Vital statistics of India. Vol. IV, Annual returns from 1871 to 1876. British Army of India, Native Army and jails of Bengal
Year: 1871
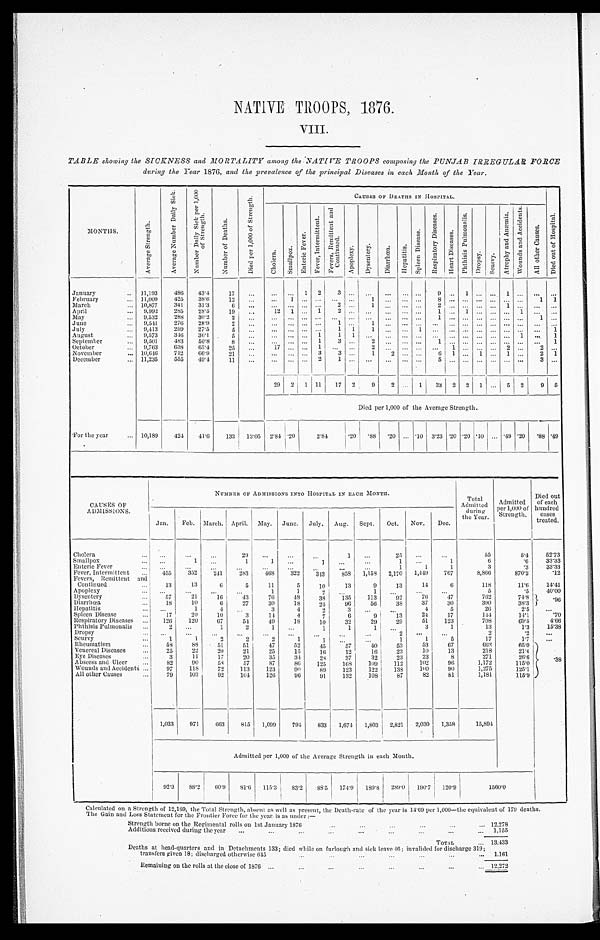
NATIVE TROOPS, 1876.
VIII.
TABLE showing the SICKNESS and MORTALITY among the NATIVE TROOPS composing the PUNJAB IRREGULAR FORCE
during the Year 1876, and the prevalence of the principal Diseases in each Month of the Year.
MONTHS.
A v e r a g e S t r e n g t h .
A v e r a g e N u m b e r D a i l y S i c k .
N u m b e r D a i l y S i c k p e r 1 , 0 0 0 o f S t r e n g t h .
N u m b e r o f D e a t h s .
D i e d p e r 1 , 0 0 0 o f S t r e n g t h .
C A U S E S O F D E A T H S I N H O S P I T A L .
D i e d o u t o f H o s p i t a l .
C h o l e r a .
S m a l l p o x .
E n t e r i c F e v e r .
F e v e r , I n t e r m i t t e n t . F e v e r s , R e m i t t e n t a n d C o n t i n u e d .
A p o p l e x y .
D y s e n t e r y .
D i a r r h œ a H e p a t i t i s .
S p l e e n D i s e a s e .
R e s p i r a t o r y D i s e a s e s .
H e a r t D i s e a s e s .
P h t h i s i s P u l m o n a l i s .
Dr o p s y . S c u r v y .
A t r o p h y a n d A n æ m i a . W o u n d s a n d A c c i d e n t s . A l l o t h e r C a u s e s .
January
11,193
4 8 6
4 3 . 4 17
1 2 3
9 1
1
February
11,009 425 38.6 12
1
1
8
1 1
March
10,877 341 31.3 6
2
1
2
1
April
9,992 285
2 8 . 5 19
12 1
1
2
1
1
1
May
9,532 288 30.2 2
1
1
June
9,541 276 28.9
2
1
1
July
9,413 259 27.5
5
1 1 1
1
1
August
9,573 346 36.1
5
1 1 1
1
1
September
9,501 483 50.8 8
1 3
2
1
1
October
9,763
6 3 8
6 5 . 4 25
17
1
2
1
2
2
November
10,646 712
6 6 . 9 21
3
3
1 2
6 1
1
1
2 1
December
11,235 555
4 9 . 4 11
2
1
5
3
29
2 1
11 17 2 9 2
1 33 2 2 1
5 2 9 5
Died per 1,000 of the Average Strength.
For the year
10,189 424
4 1 . 6 133 13.05 2.84.20
2 . 8 4
. 2 0 . 8 8 . 2 0
. 1 0 3. 23 .20 .20 .10 .49 .20 . 8 8 .49
CAUSES O
F ADMISSIONS.
NUMBER OF ADMISSIONS INTO HOSPITAL IN EACH MONTH.
Total
Admitted during
the Year.
Admitted
per 1,000 of
Strength.
Died out
of each
hundred cases
treated.
Jan. Feb. March. April. May. June. July. Aug. Sept. Oct. Nov. Dec.
Chol era
29
1
25
55
5.4 52. 73
Smallpox
1
1
1
1
1
1
6
.6 33. 33
Enteric Fever
1
1
1
3
.3 33. 33
Fever, Intermittent
455 352 241 283
4 6 8 322 343 858 1, 158 2,170 1,449 767
8,866
870.2
.12
Fevers, Remittent and
Continued
13 13
6 5 11
5 10 13
9 13 14
6
118
11.6 14. 41
Apoplexy
1
1
2
1
5
.5 40. 00
Dysentery
57 21 16 43 76 48 38 135 113 92 76 47
762
74.8 .96
Diarrhœa
18 10
6 27 30 18 24 96 56 38 37 30
390
38.3
Hepatitis
1
4
3
4
2
3
4
5
26
2.5
Spl een Di sease
17 20 10
3 14
4
7
6
9 13 24 17
144
14.1
.70
Respi ratory Di seases
126 120 67 54 49
1 8 10 32 29 29 51 123
708
69.5
4. 66
Phthisis Pulmonalis
2
1
2
1
1
1
1
3
1
13
1.3 15. 38
Dropsy
2
2
.2
Scurvy
1
1
2
2
2
1
1
1
1
5
17
1.7
Rheumatism
58
8 8 51 51 47 52 45 57 40 53 53 67
6 6 2
65.0
.38
Venereal Di seases
2 5 22 20 21 25 15 16 12 16 23 10 13
218
21.4
E y e D i s e a s e s 3 11 17 20 35 34 28 37 32 23 23
8
271
26.6
Abscess and Ulcer
82
9 0 58 57 87 86 125 168 109 112 102 96
1,172
115.0
Wounds and Acci dents
97 118 72 113 123 90 89 123 122 138 100 90
1,275
125.1
All other Causes
7 9 103 92
1 0 4 126 96 91 132 108 87 82 81
1,181
115.9
1,033 971 663 815 1,099 794 833 1,674 1,803 2,821 2,030 1,358
15,894
Admi t t ed per 1, 000 of t he Average St rengt h i n each Mont h.
92.3 88.2
6 0 . 9 81.6 115.3 83.2 88.5 1 7 4 . 9
1 8 9 . 8
289.0 190.7 1 2 0 . 9
1 5 6 0 . 0
Calculated on a Strength of 12,189, the Total Strength, absent as well as present, the Death-rate of the year is 14.69 per 1,000—the equivalent o f 1 7 9 d e a t h s .
T h e G a i n a n d L o s s S t a t e m e n t f o r t h e F r o n t i e r F o r c e f o r t h e y e a r i s a s u n d e r : —
Strength borne on the Regimental rolls on 1st January 1876
Additions received during the year
1 2 , 2 7 8 1 , 1 5 5
TOTAL
1 3 , 4 3 3
Deaths at head-quarters and in Detachments 133; died while on furlough and sick leave 46; invalided for discharge 319;
transfers given 18; discharged otherwise 645
1.161
Remaining on the rolls at the close of 1876
12,272